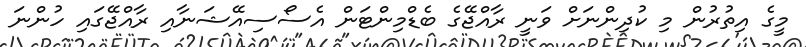
މީގެ އިތުރުން މި ކުދިންނަށް ވަނީ ރާއްޖޭގެ ބެޑްމިންޓަން އެސޯސިއޭޝަނާއި ރާއްޖޭގައި ހުންނަ